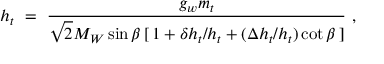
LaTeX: h _ { t } \ = \ \frac { g _ { w } m _ { t } } { \sqrt { 2 } M _ { W } \sin \beta \, [ \, 1 + \delta h _ { t } / h _ { t } + ( \Delta h _ { t } / h _ { t } ) \cot \beta \, ] } \ ,